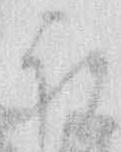
祝